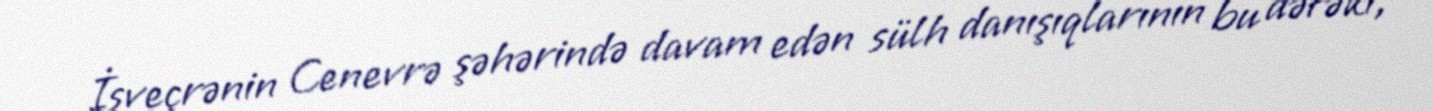
İsveçrənin Cenevrə şəhərində davam edən sülh danışıqlarının bu dəfəki,